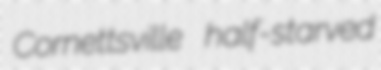
Cornettsville half-starved